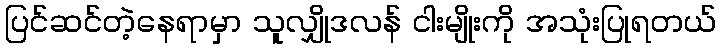
ပြင်ဆင်တဲ့နေရာမှာ သူလျှိုဒလန် ငါးမျိုးကို အသုံးပြုရတယ်